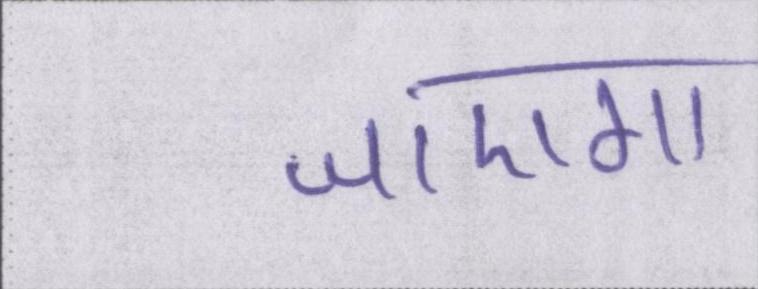
जाएगा